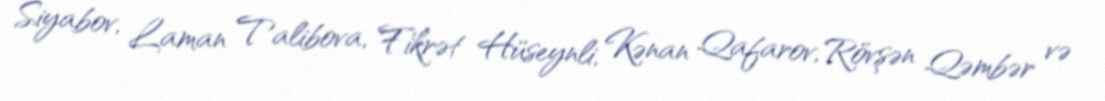
Siyabov, Laman Talibova, Fikrət Hüseynli, Kənan Qafarov, Rövşən Qəmbər və